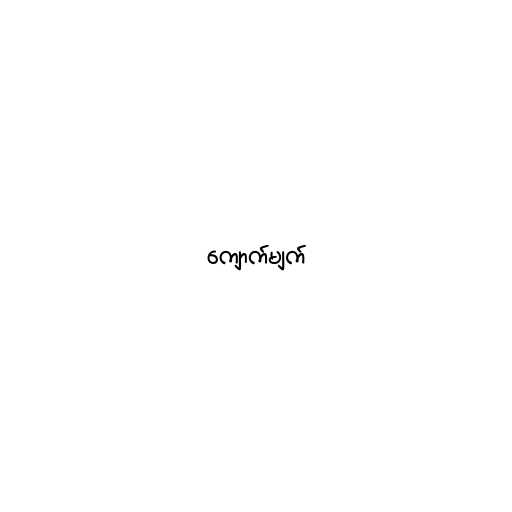
ကျောက်မျက်